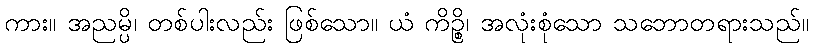
ကား။ အညမ္ပိ၊ တစ်ပါးလည်း ဖြစ်သော။ ယံ ကိဉ္စိ၊ အလုံးစုံသော သဘောတရားသည်။